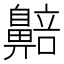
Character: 𬹰